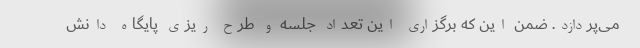
می‌پردازد. ضمن این که برگزاری این تعداد جلسه و طرح ریزی پایگاه دانش